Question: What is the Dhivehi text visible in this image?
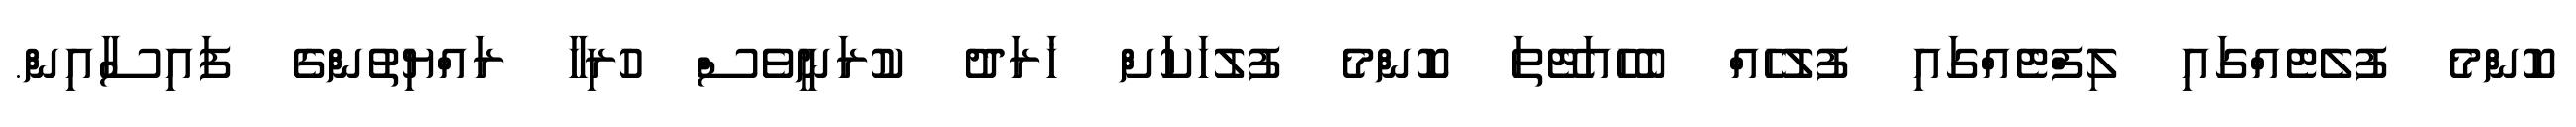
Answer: ކޮންމެ ފުލެޓެއްގައި ލިފްޓެއްގައި ފުލުހެއް ބެހެއަޓޭތަ ކޮންމެ ފުލުހަކަަށް ޚަރަދު ކުރަނީވެސް ހުރިހާ ރައްޔިތުންގެ ފައިސާއިން.